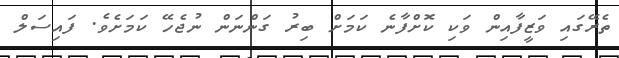
ތެރޭގައި ވަޒީފާއިން ވަކި ކޮށްފާނެ ކަމަށް ބިރު ގަންނަން ނުޖެހޭ ކަމަށެވެ. ފައިސަލް